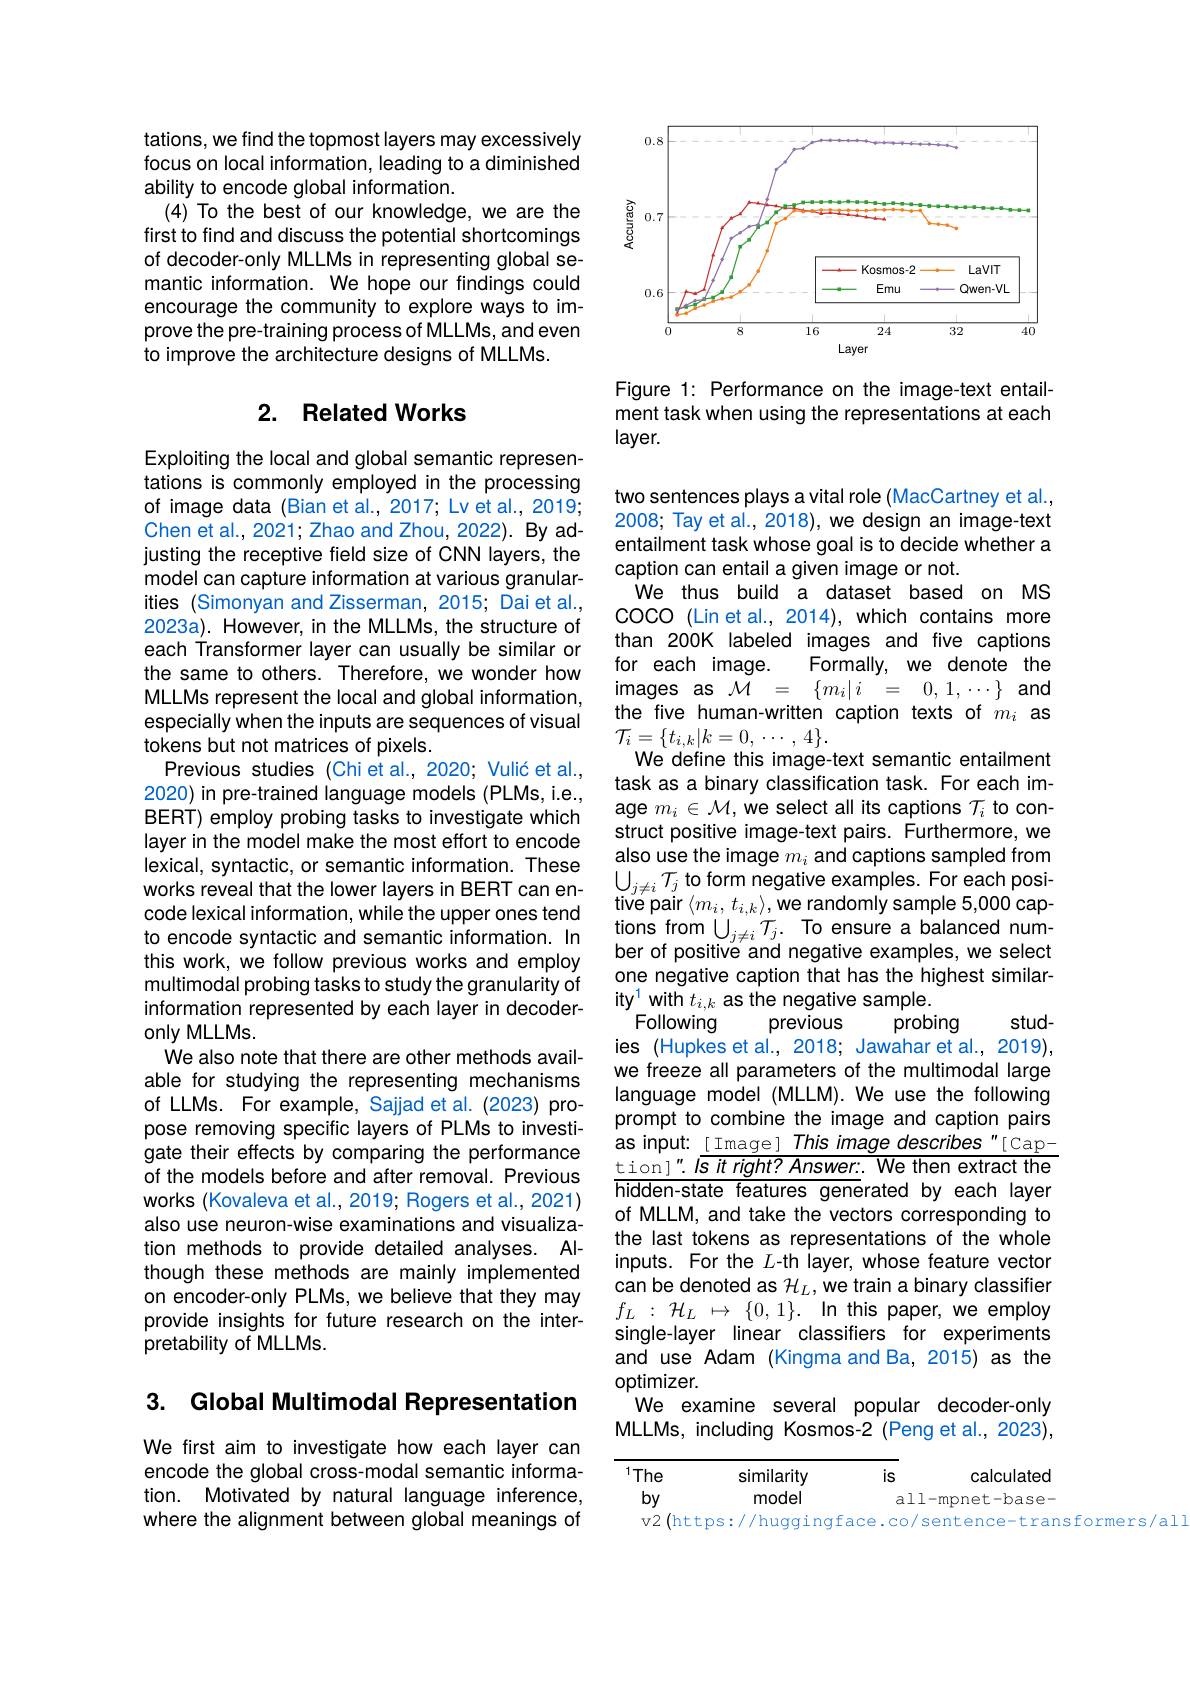
tations, we find the topmost layers may excessively focus on local information, leading to a diminished ability to encode global information.
(4) To the best of our knowledge, we are the first to find and discuss the potential shortcomings of decoder-only MLLMs in representing global semantic information. We hope our findings could encourage the community to explore ways to improve the pre-training process of MLLMs, and even to improve the architecture designs of MLLMs.

# 2. Related Works

Exploiting the local and global semantic representations is commonly employed in the processing of image data (Bian et al., 2017; Lv et al., 2019; Chen et al., 2021; Zhao and Zhou, 2022). By adjusting the receptive field size of CNN layers, the model can capture information at various granularities (Simonyan and Zisserman, 2015; Dai et al., 2023a). However, in the MLLMs, the structure of each Transformer layer can usually be similar or the same to others. Therefore, we wonder how MLLMs represent the local and global information, especially when the inputs are sequences of visual tokens but not matrices of pixels.
Previous studies (Chi et al., 2020; Vulić et al., 2020) in pre-trained language models (PLMs, i.e., BERT) employ probing tasks to investigate which layer in the model make the most effort to encode lexical, syntactic, or semantic information. These works reveal that the lower layers in BERT can encode lexical information, while the upper ones tend to encode syntactic and semantic information. In this work, we follow previous works and employ multimodal probing tasks to study the granularity of information represented by each layer in decoderonly MLLMs.
We also note that there are other methods available for studying the representing mechanisms of LLMs. For example, Sajjad et al. (2023) propose removing specific layers of PLMs to investigate their effects by comparing the performance gare ther enects by comparing the perormance tion! $l$sit righ? Answer. We then extract the of the models before and after removal. Previous $\frac{\text{tion}!^{\prime}.l\text{sit right? Answer.}}$ We then extract the works (Kovaleva et al. 2019: Roqers et al. 2021)
works (Kovaleva et al., 2019; Rogers et al., 2021) also use neuron-wise examinations and visualization methods to provide detailed analyses. Although these methods are mainly implemented on encoder-only PLMs, we believe that they may provide insights for future research on the interpretability of MLLMs.

3. Global Multimodal Representation

We first aim to investigate how each layer can encode the global cross-modal semantic information. Motivated by natural language inference, where the alignment between global meanings of

<FigureHere>

Figure 1: Performance on the image-text entailment task when using the representations at each $layer.$

two sentences plays a vital role (MacCartney et al., 2008; Tay et al., 2018), we design an image-text entailment task whose goal is to decide whether a caption can entail a given image or not.
We thus build a dataset based on MS coco (Lin et al., 2014), which contains more than 200K labeled images and five captions for each image.
Formally, we denote the
$\begin{array}{rcl}\mathrm{images}&\mathrm{as}&\mathcal{M}&=&\{m_{i}|i&=&0,1,\cdots\}&\mathrm{and}\end{array}$ the five human-written caption texts of $m_i$ as $\mathcal{T}_{i}=\{t_{i,k}|k=0,\cdots,4\}.$
We define this image-text semantic entailment task as a binary classification task. For each image $m_i\in\mathcal{M}$,we select all its captions $T_i$ to construct positive image-text pairs. Furthermore, we also use the image $m_i$ and captions sampled from $\bigcup_{j\neq i}\mathcal{T}_{j}$ to form negative examples. For each positive pair $\langle m_{i},t_{i,k}\rangle$,we randomly sample 5,000 captions from $\bigcup_j\neq iT_j.$ To ensure a balanced number of positive and negative examples, we select one negative caption that has the highest similarity$^{1}$with $t_i,k$ as the negative sample.
Following
stud-
previous
probing
ies (Hupkes et al., 2018; Jawahar et al., 2019), we freeze all parameters of the multimodal large language model (MLLM). We use the following prompt to combine the image and caption pairs as input: [ Image] This image describes"[ Capof MLLM, and take the vectors corresponding to the last tokens as representations of the whole inputs. For the $L$-th layer, whose feature vector can be denoted as $\mathcal{H}_L$,we train a binary classifier $f_{L}$ : $\mathcal{H} _{L}$ $\mapsto$ $\{ 0, 1\} .$ In this paper, we employ single-layer linear classifiers for experiments and use Adam (Kingma and Ba, 2015) as the optimizer.
We examine several popular decoder-only MLLMs, including Kosmos-2 (Peng et al., 2023),
is
$^{1}$The
similarity
calculated

model
$by$
all-mpnet-base-
v2(https://huggingface.co/sentence-transformers/ali